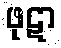
ဖုဋာ